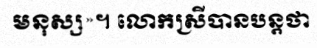
មនុស្ស»។ លោកស្រីបានបន្តថា